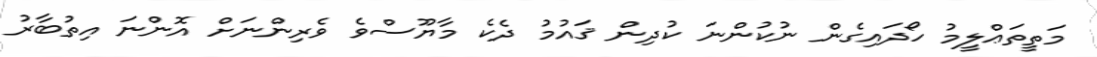
މަތީތަޢްލީމު ހޯދައިގެން ނުކުންނަ ކުދިން ޤައުމު ދެކެ މާޔޫސްވެ ވެރިންނަށް އޮންނަ އިތުބާރު